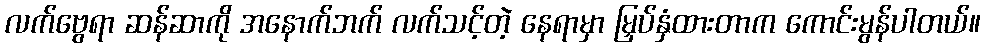
လက်ဗွေရာ ဆန်ဆာကို အနောက်ဘက် လက်သင့်တဲ့ နေရာမှာ မြှပ်နှံထားတာက ကောင်းမွန်ပါတယ်။